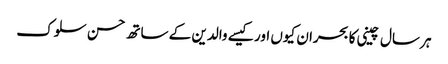
ہر سال چینی کا بحران کیوں اور کیسے	 والدین کے ساتھ حسن سلوک